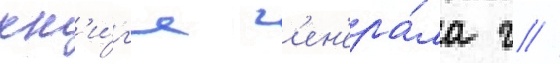
кн'и́г'е г'ен'ера́ла г //